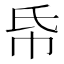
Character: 帋